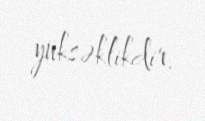
yüksəklikdir.